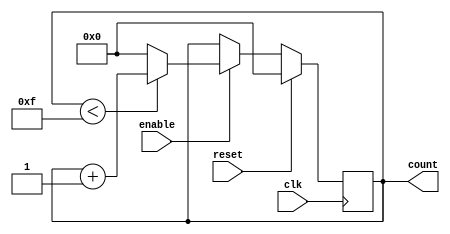
module binary_counter #(
    parameter N = 4  // Parameter for the number of bits in the counter
)(
    input wire clk,        // Clock signal
    input wire reset,      // Active-high reset signal
    input wire enable,     // Enable signal for counting
    output reg [N-1:0] count // N-bit output count
);

// Maximum count value
localparam MAX_COUNT = (1 << N) - 1; // 2^N - 1

// Always block for synchronous operation
always @(posedge clk) begin
    if (reset) begin
        // Reset the count to zero
        count <= 0;
    end else if (enable) begin
        // Increment the count if enable is high
        if (count < MAX_COUNT) begin
            count <= count + 1;
        end else begin
            // Wrap around to zero
            count <= 0;
        end
    end
end

endmodule